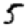
Digit: 5